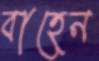
বাহেন